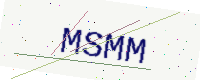
Text: MSMM